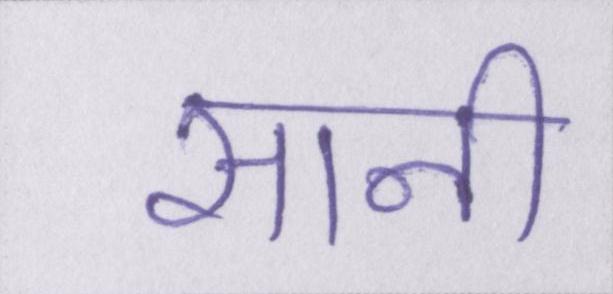
सानी